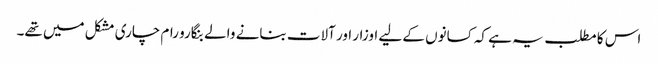
اس کا مطلب یہ ہے کہ کسانوں کے لیے اوزار اور آلات بنانے والے بنگارو رام چاری مشکل میں تھے۔